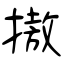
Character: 𢳆